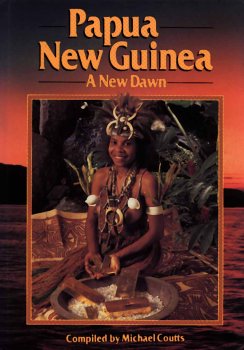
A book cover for Papua New Guinea: A New Dawn; Michael Coutts; History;